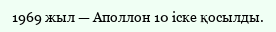
1969 жыл — Аполлон 10 іске қосылды.